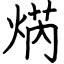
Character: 焫